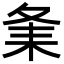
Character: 𦓫